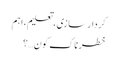
کردار سازی، تعلیم،اہم
خطرناک کون…؟